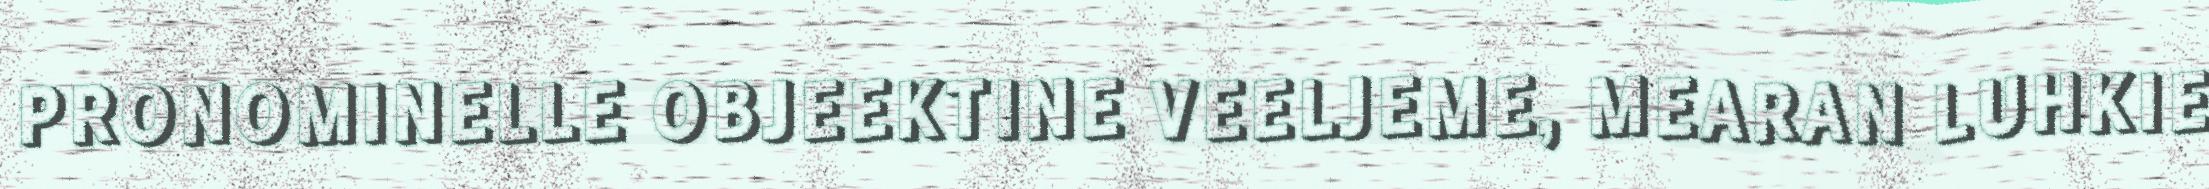
PRONOMINELLE OBJEEKTINE VEELJEME, MEARAN LUHKIE